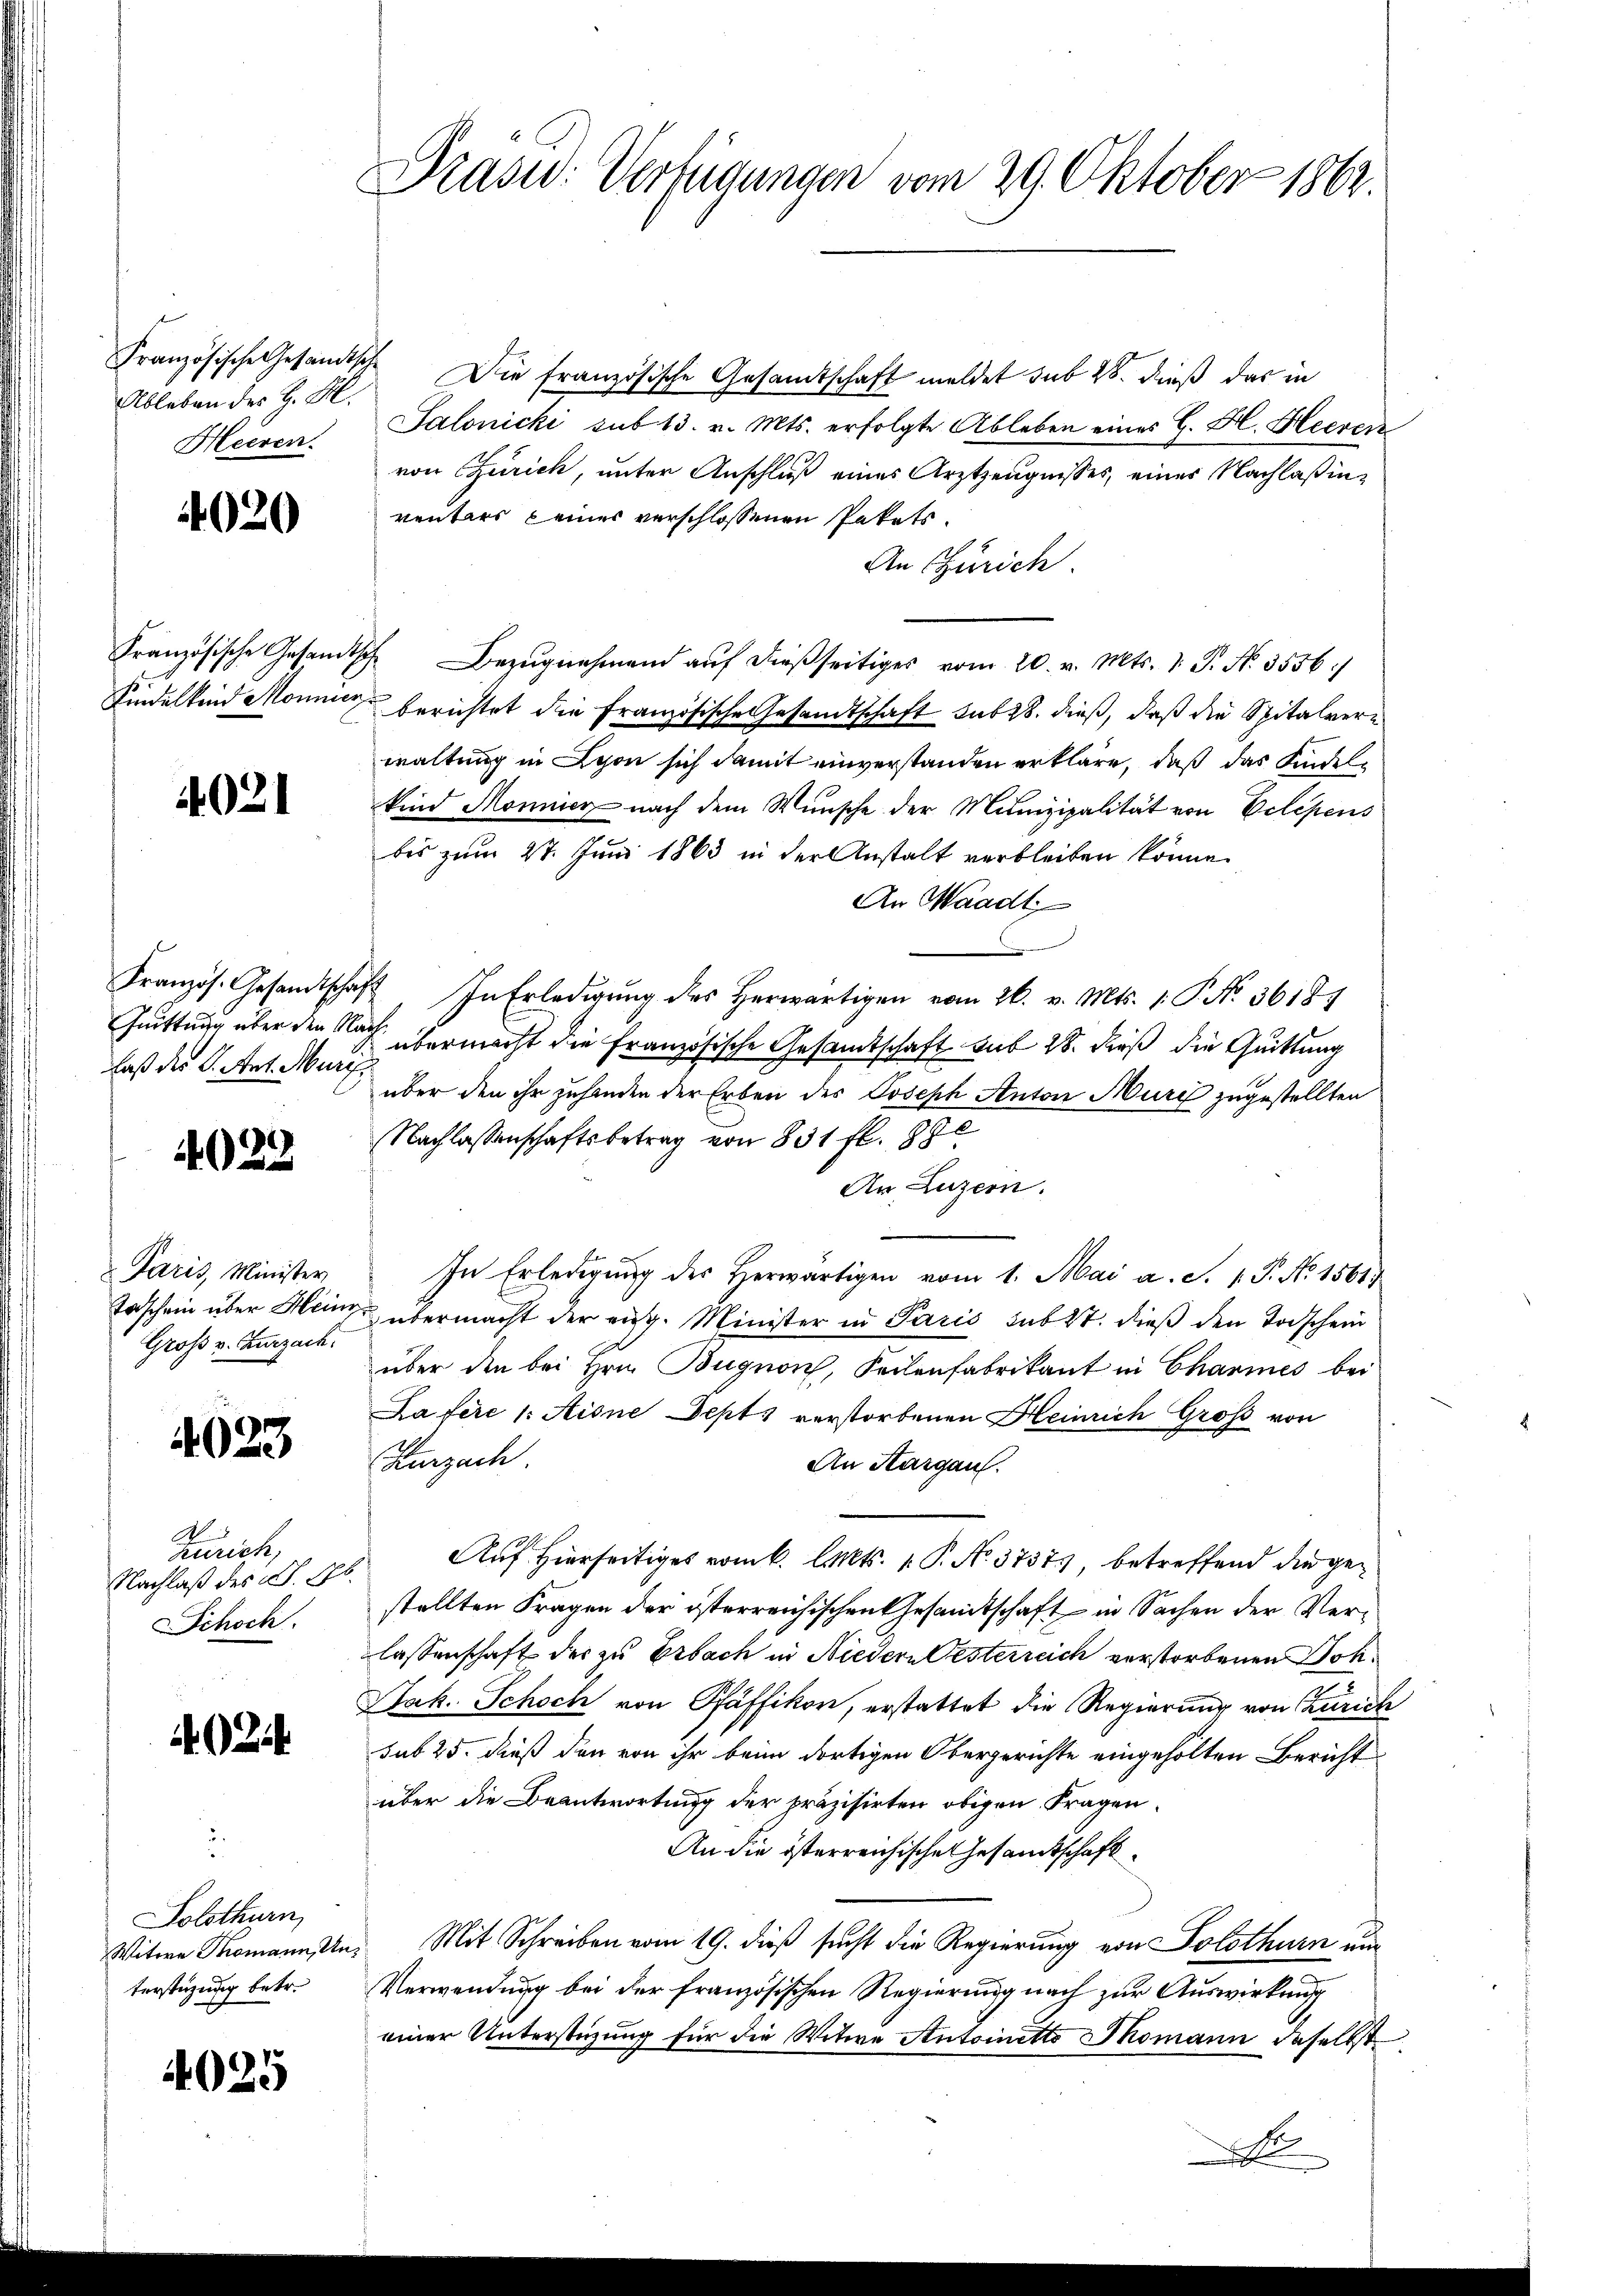
Ableben des H. M.
Heeren.

4020

Französische Gesandt
Kindelkind Monner

4021

Französ. Gesandtschaf
Quittung über den A.
laß der C. Art. Muri,

423

Paris, Minister
Toschein über Heinr
Groß v. Zurzach

4623

Zürich,
Nachlaß des S. 10.
Schoch

R

Solothurn,
Witwe Thomann, Un
terstüzung betr.

4025

Prasid: Verfügungen vom 29. Oktober 1862.

Französische Gesandtsche Die französische Gesandtschaft meldet sub 28. dieß das in
Salonicki sub 13. v. Mts. erfolgte Ableben eines G. H. Heeren
von Zürich, unter Anschluß eines Arztzeugnisses, einer Nachlaßinventars keines verschlossenen Pakets.
An Zürich
7 Bezugnahmend auf dießseitiges vom 20. v. Mts. 1. P. Nr. 3556.)
berichtet die Französische Gesandtschaft sub 28. dieß, daß die Spitalverwaltung in Lyon sich damit einverstanden erkläre, daß das Kindelkind Monnien nach dem Wunsche der Munizipalität von Velesens
bis zum 27. Juni 1863 in der Anstalt verbleiben könne.
An Waadt
2 In Erledigung des herwärtigen vom 26. v. Mts. 1. P. Nr. 36184
übermacht die Französische Gesamtschaft sub 28. dieß die Quittung
über den ihr zuhanden der Erben des Joseph Anton Murch zugestellten
Nachlassenschaftsbetrag von 831 fl. 890
An Luzern.
In Erledigung des Herwärtigen vom 1. Mai a. S. v. P. Nr. 15619
übermacht der eidg. Minister in Paris sub 27. dieß den Todschein
über den bei Hrn. Bugnon, Seilenfabrikant in Charmes bei
Lafére /: Aisne Dept verstorbenen Heinrich Groß von
Kurzach
An Sargau.
Auf hierseitiges vom 6. l. Mts. 1. P. No. 37375, betreffend die gestellten Fragen der österreichischen Gesandtschaft in Sachen der Verlassenschaft der zu Erbach in Niedern Oesterreich verstorbenen Dok¬
Jak. Schoch von Pfäffikon, erstattet die Regierung von Zürich
sub 25. dieß den von ihr beim dortigen Obergerichte eingehölten Bericht
über die Beantwortung der präzisirten obigen Fragen
An die österreichische Gesandtschaft¬
Mit Schreiben vom 19. dieß sucht die Regierung von Solothurn um
Verwendung bei der französischen Regierung nach zur Auswirkung
einer Unterstüzung für die Witwe Antoinetto Thomann daselbst
A